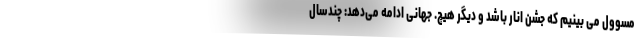
مسوول می بینیم که جشن انار باشد و دیگر هیچ. جهانی ادامه می‌دهد: چندسال